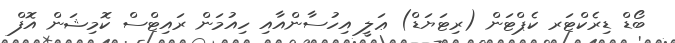
ބޯޑް ޑިރެކްޓަރ ކެޕްޓަން (ރިޓަޔަޑް) ޢަލީ އިހުސާންއާއި ހިއުމަން ރައިޓްސް ކޮމިޝަން އޮފް